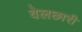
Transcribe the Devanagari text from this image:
वेलछारी